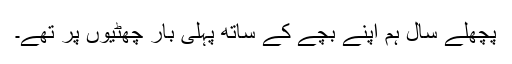
پچھلے سال ہم اپنے بچے کے ساتھ پہلی بار چھٹیوں پر تھے۔